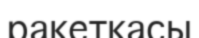
ракеткасы